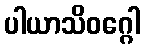
ပါယာသိဝဂ္ဂေါ